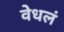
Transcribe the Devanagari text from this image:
वेधलं